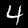
Digit: 4